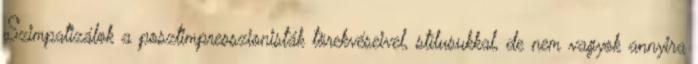
Szimpatizálok a posztimpresszionisták törekvéseivel, stílusukkal, de nem vagyok annyira